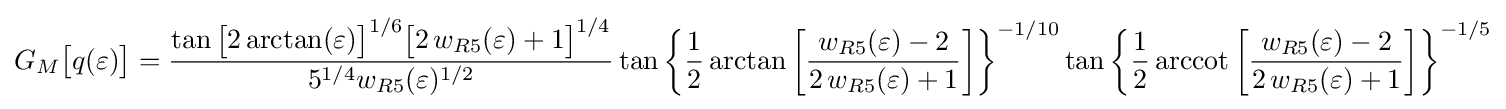
G_{M}{\bigl [}q(\varepsilon ){\bigr ]}={\frac {\tan {\bigl [}2\arctan(\varepsilon ){\bigr ]}^{1/6}{\bigl [}2\,w_{R5}(\varepsilon )+1{\bigr ]}^{1/4}}{5^{1/4}w_{R5}(\varepsilon )^{1/2}}}\tan {\biggl \{}{\frac {1}{2}}\arctan {\biggl [}{\frac {w_{R5}(\varepsilon )-2}{2\,w_{R5}(\varepsilon )+1}}{\biggr ]}{\biggr \}}^{-1/10}\tan {\biggl \{}{\frac {1}{2}}\operatorname {arccot} {\biggl [}{\frac {w_{R5}(\varepsilon )-2}{2\,w_{R5}(\varepsilon )+1}}{\biggr ]}{\biggr \}}^{-1/5}